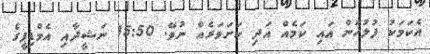
އެކަމަކު ފުލުހުން އައި ކަމެއް އަދި ކަށަވަރެއް ނުވޭ. 15:50 ނަޝީދާއި އެމްޑިޕީގެ